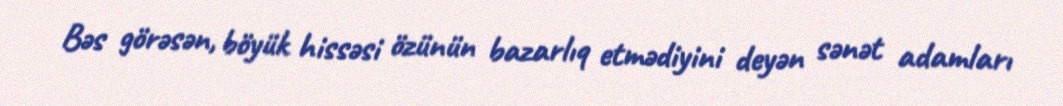
Bəs görəsən, böyük hissəsi özünün bazarlıq etmədiyini deyən sənət adamları